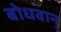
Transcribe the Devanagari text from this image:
बोधवान्